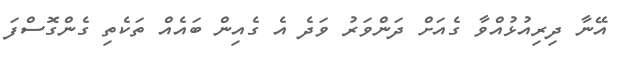
އޭނާ ދިރިއުޅުއްވާ ގެއަށް ދަންވަރު ވަދެ އެ ގެއިން ބައެއް ތަކެތި ގެންގޮސްފަ